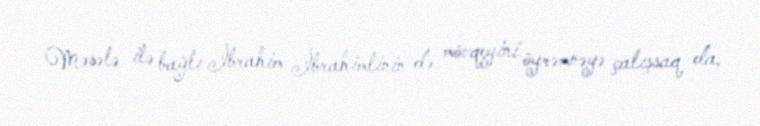
Məsələ ilə bağlı İbrahim İbrahimlinin də mövqeyini öyrəmnəyə çalışsaq da,